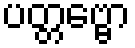
ပတ္တဗ္ဗော